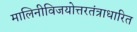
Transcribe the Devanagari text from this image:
मालिनीविजयोत्तरतंत्राधारित